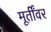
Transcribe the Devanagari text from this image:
मूर्तींवर